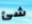
شئ